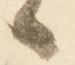
候